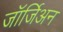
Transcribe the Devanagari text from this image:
जॉर्जिअन